Annual report on the Civil Veterinary Department, Burma (including the Insein Veterinary School) - 1923-1931
Year: 1923
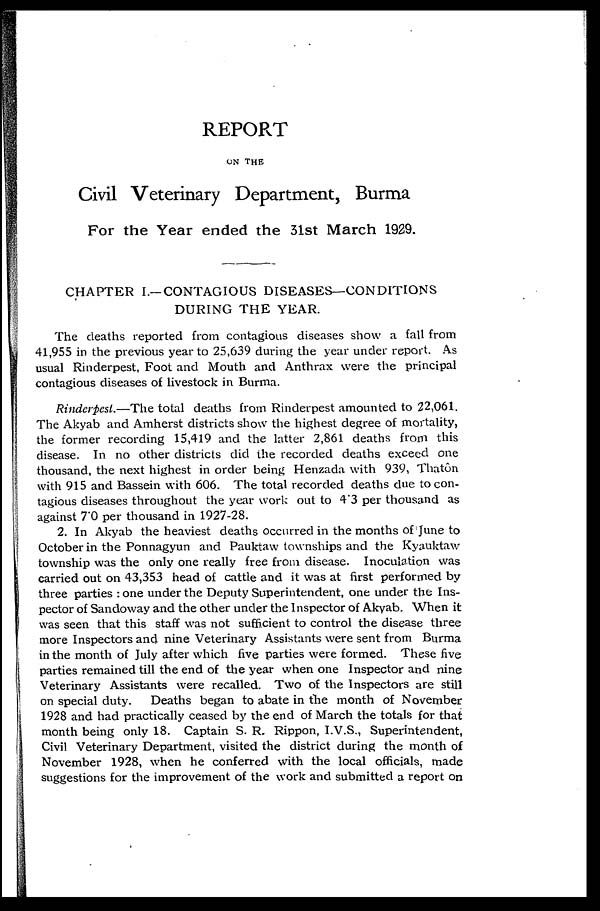
REPORT
ON THE
Civil Veterinary Department, Burma
For the Year ended the 31st March 1929.
CHAPTER I.—CONTAGIOUS DISEASES—CONDITIONS
DURING THE YEAR .
The deaths reported from contagious diseases show a fall from
41,955 in the previous year to 25,639 during the year under report. As
usual Rinderpest, Foot and Mouth and Anthrax were the principal
contagious diseases of livestock in Burma.
Rinderpest.—The total deaths from Rinderpest amounted to 22,061.
The Akyab and Amherst districts show the highest degree of mortality,
the former recording 15,419 and the latter 2,861 deaths from this
disease. In no other districts did the recorded deaths exceed one
thousand, the next highest in order being Henzada with 939, Thatôn
with 915 and Bassein with 606. The total recorded deaths due to con-
tagious diseases throughout the year work out to 4.3 per thousand as
against 7'0 per thousand in 1927-28.
2. In Akyab the heaviest deaths occurred in the months of June to
October in the Ponnagyun and Pauktaw townships and the Kyauktaw
township was the only one really free from disease. Inoculation was
carried out on 43,353 head of cattle and it was at first performed by
three parties : one under the Deputy Superintendent, one under the Ins-
pector of Sandoway and the other under the Inspector of Akyab. When it
was seen that this staff was not sufficient to control the disease three
more Inspectors and nine Veterinary Assistants were sent from Burma
in the month of July after which five parties were formed. These five
parties remained till the end of the year when one Inspector and nine
Veterinary Assistants were recalled. Two of the Inspectors are still
on special duty. Deaths began to abate in the month of November
1928 and had practically ceased by the end of March the totals for that
month being only 18. Captain S. R. Rippon, I.V.S., Superintendent,
Civil Veterinary Department, visited the district during the month of
November 1928, when he conferred with the local officials, made
suggestions for the improvement of the work and submitted a report on